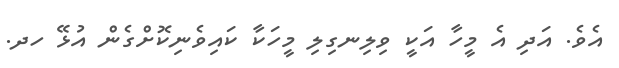
އެވެ. އަދި އެ މީހާ އަކީ ވިލިނގިލި މީހަކާ ކައިވެނިކޮށްގެން އުޅޭ ހދ.